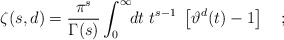
\begin{align*}\zeta(s,d)=\frac{\pi^s}{\Gamma(s)}\int_0^{\infty}\!\!dt\ t^{s-1}\ \left[\vartheta^d(t) - 1 \right] \quad ;\end{align*}